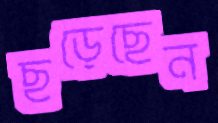
ছড়েছেন